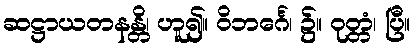
ဆဋ္ဌာယတနန္တိ၊ ဟူ၍။ ဝိဘင်္ဂေ၊ ၌။ ဝုတ္တံ၊ ပြီ။